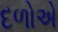
દળોએ